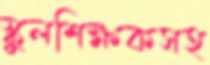
স্কুলশিক্ষকসহ